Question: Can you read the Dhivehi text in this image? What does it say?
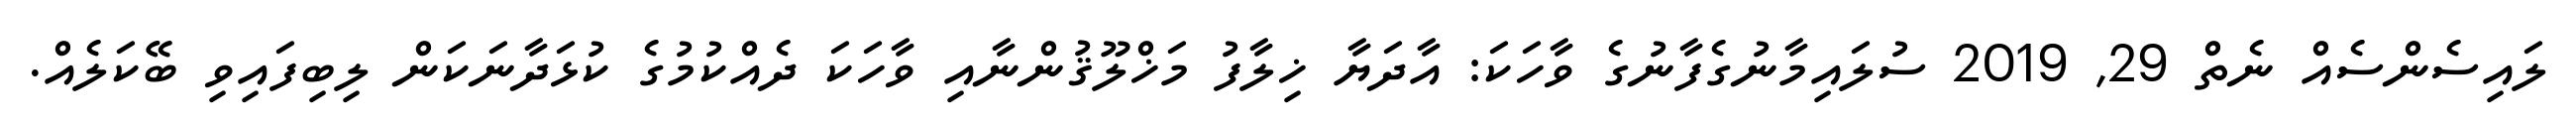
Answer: ލައިސެންސެއް ނެތް 29, 2019 ސުލައިމާނުގެފާނުގެ ވާހަކަ: އާދަޔާ ޚިލާފު މަޚްލޫޤުންނާއި ވާހަކަ ދެއްކުމުގެ ކުޅަދާނަކަން ލިބިފައިވި ބޭކަލެއް.